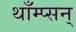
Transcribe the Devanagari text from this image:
थाँम्प्सन्